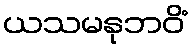
ယသမနုဘဝိံ